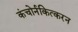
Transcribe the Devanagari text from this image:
कंचोर्नकित्करन